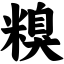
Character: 糗